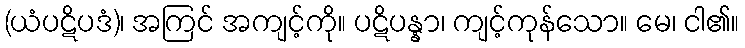
(ယံပဋိပဒံ)၊ အကြင် အကျင့်ကို။ ပဋိပန္နာ၊ ကျင့်ကုန်သော။ မေ၊ ငါ၏။